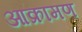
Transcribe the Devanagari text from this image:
आक्रामण